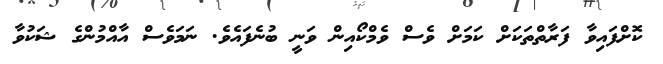
ކޮށްފައިވާ ފަރާތްތަކަށް ކަމަށް ވެސް ވެމްކޯއިން ވަނީ ބުނެފައެވެ. ނަމަވެސް އާއްމުންގެ ޝަކުވާ